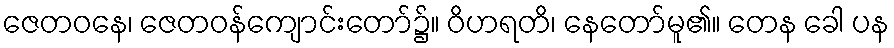
ဇေတဝနေ၊ ဇေတဝန်ကျောင်းတော်၌။ ဝိဟရတိ၊ နေတော်မူ၏။ တေန ခေါ ပန